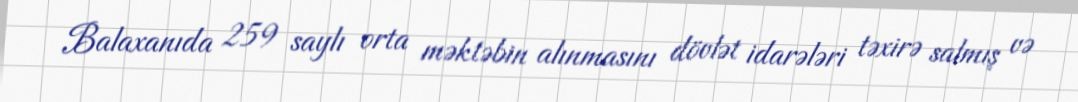
Balaxanıda 259 saylı orta məktəbin alınmasını dövlət idarələri təxirə salmış və